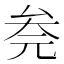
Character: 𰆮